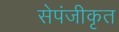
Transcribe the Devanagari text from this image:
सेपंजीकृत